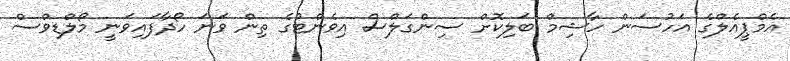
އެމްޕީއެލްގެ އަހުސަން ހާޝިމް ބަލިކޮށް ސިންގަލްސް އިވެންޓުގެ ތިން ވަނަ ހޯދާފައިވަނީ މޯލްޑިވްސް